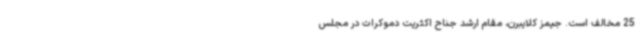
25 مخالف است. جیمز کلایبرن، مقام ارشد جناح اکثریت دموکرات در مجلس